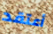
أعتقد